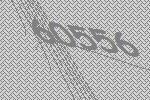
60556